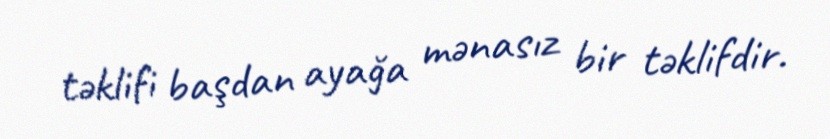
təklifi başdan ayağa mənasız bir təklifdir.